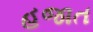
હજાત